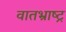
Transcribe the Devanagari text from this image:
वातभ्राष्ट्र